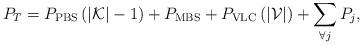
LaTeX: \begin{align*}P_T=P_{\rm PBS} \left( \left|{\mathcal{K}}\right| - 1\right) +P_{\rm MBS} + P_{\rm VLC}\left( \left|{\mathcal{V}}\right| \right) +\sum\limits_{\forall j} P_j,\end{align*}